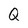
Character: Q